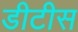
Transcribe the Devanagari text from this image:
डीटीस